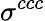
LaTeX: \sigma^{ccc}